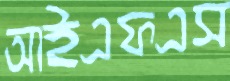
আইএফএস